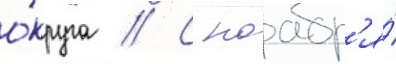
о́круга // С ноабр'я́